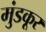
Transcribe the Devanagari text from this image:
मुंडकूर